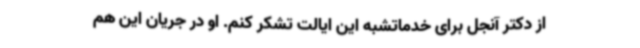
از دکتر آنجل برای خدماتشبه این ایالت تشکر کنم. او در جریان این هم